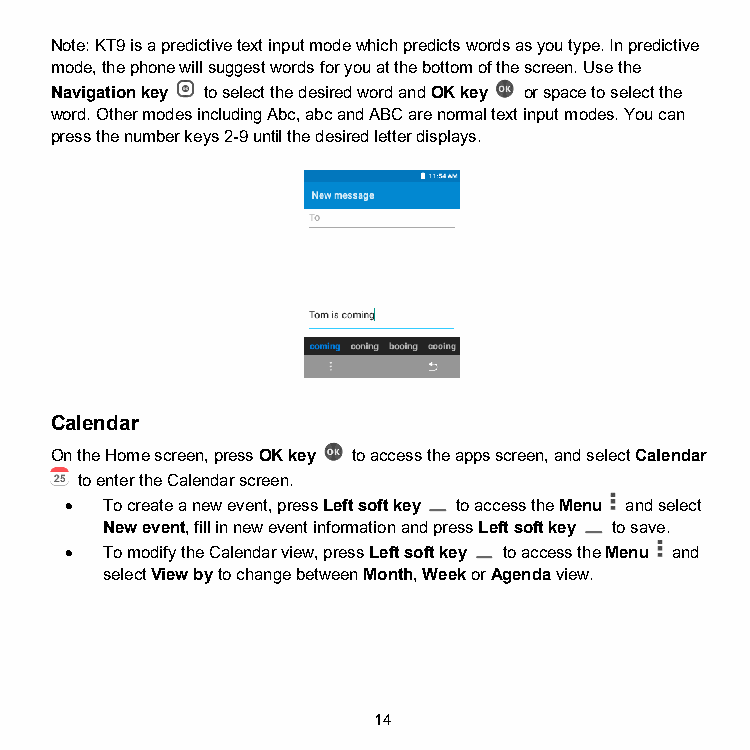
Note: KT9 is a predictive text input mode which predicts words as you type. In predictive
 mode, the phone will suggest words for you at the bottom of the screen. Use the
 Navigation key to select the desired word and OK key or space to select the
 word. Other modes including Abc, abc and ABC are normal text input modes. You can
 press the number keys 2-9 until the desired letter displays.
 Calendar
 On the Home screen, press OK key to access the apps screen, and select Calendar
 to enter the Calendar screen.
 •  To create a new event, press Left soft key to access the Menu and select
 New event, fill in new event information and press Left soft key to save.
 •  To modify the Calendar view, press Left soft key to access the Menu and
 select View by to change between Month, Week or Agenda view.
 14